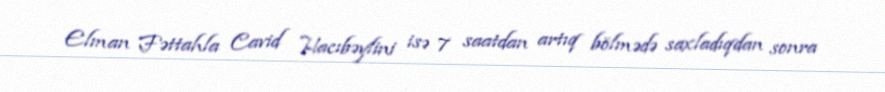
Elman Fəttahla Cavid Hacıbəylini isə 7 saatdan artıq bölmədə saxladıqdan sonra